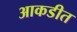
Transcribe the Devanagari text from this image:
आकडीत